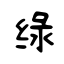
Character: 绿